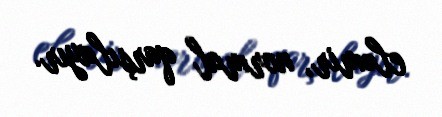
eləmir, normal qarşılayır.